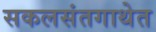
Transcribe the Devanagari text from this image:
सकलसंतगाथेत